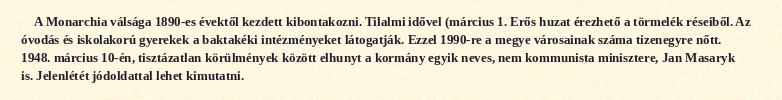
A Monarchia válsága 1890-es évektől kezdett kibontakozni. Tilalmi idővel (március 1. Erős huzat érezhető a törmelék réseiből. Az óvodás és iskolakorú gyerekek a baktakéki intézményeket látogatják. Ezzel 1990-re a megye városainak száma tizenegyre nőtt. 1948. március 10-én, tisztázatlan körülmények között elhunyt a kormány egyik neves, nem kommunista minisztere, Jan Masaryk is. Jelenlétét jódoldattal lehet kimutatni.